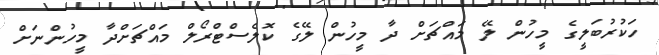
ހަކުރުބަލީގެ މީހުން ލޭ މައްޗަށް ދާ މީހުން ލޭގެ ކޮލެސްޓްރޯލް މައްޗަށްދާ މީހުންނަށް